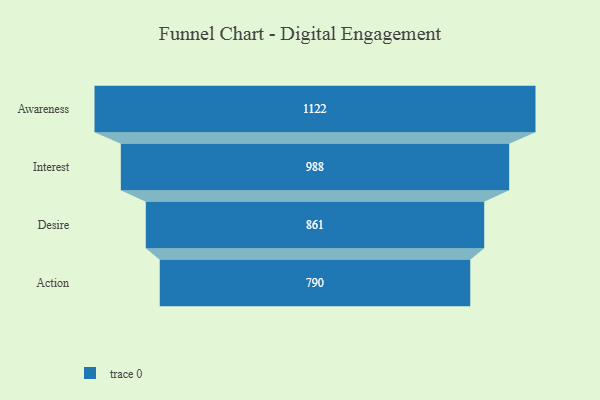
{"axis": {"x": "Stage", "y": "Value"}, "legend": [""], "data": [{"x": "Awareness", "y": 1122.0, "type": ""}, {"x": "Interest", "y": 988.0, "type": ""}, {"x": "Desire", "y": 861.0, "type": ""}, {"x": "Action", "y": 790.0, "type": ""}]}